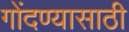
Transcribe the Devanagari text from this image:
गोंदण्यासाठी